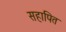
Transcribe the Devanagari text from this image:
सहापित